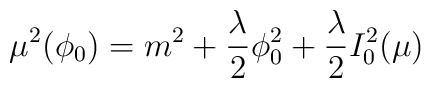
\mu^2(\phi_0)= m^2+ {{\lambda}\over 2} \phi_0^2 + {{\lambda}\over 2} I_0^2(\mu)